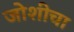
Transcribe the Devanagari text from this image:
जोशीचा